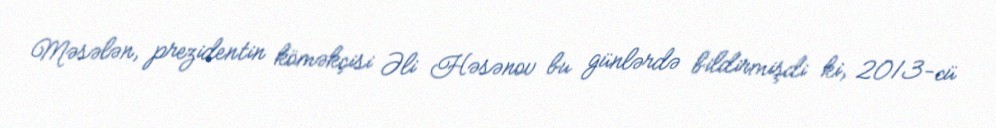
Məsələn, prezidentin köməkçisi Əli Həsənov bu günlərdə bildirmişdi ki, 2013-cü